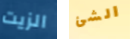
الزيت الشئ